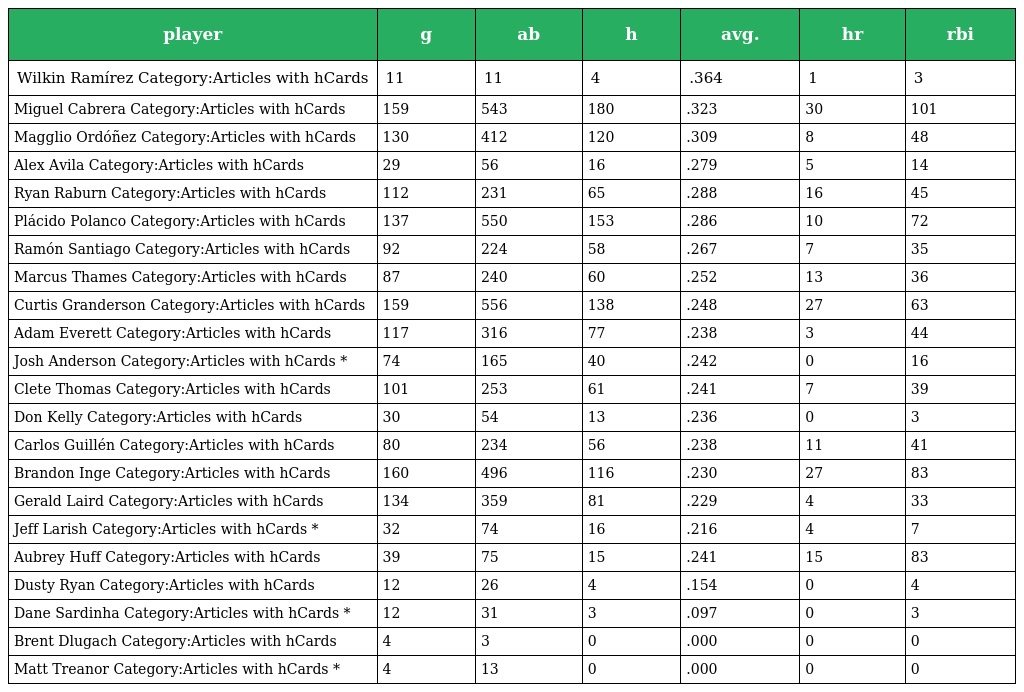
| player | g | ab | h | avg. | hr | rbi |
 | --- | --- | --- | --- | --- | --- | --- |
 | Wilkin Ramírez Category:Articles with hCards | 11 | 11 | 4 | .364 | 1 | 3 |
 | Miguel Cabrera Category:Articles with hCards | 159 | 543 | 180 | .323 | 30 | 101 |
 | Magglio Ordóñez Category:Articles with hCards | 130 | 412 | 120 | .309 | 8 | 48 |
 | Alex Avila Category:Articles with hCards | 29 | 56 | 16 | .279 | 5 | 14 |
 | Ryan Raburn Category:Articles with hCards | 112 | 231 | 65 | .288 | 16 | 45 |
 | Plácido Polanco Category:Articles with hCards | 137 | 550 | 153 | .286 | 10 | 72 |
 | Ramón Santiago Category:Articles with hCards | 92 | 224 | 58 | .267 | 7 | 35 |
 | Marcus Thames Category:Articles with hCards | 87 | 240 | 60 | .252 | 13 | 36 |
 | Curtis Granderson Category:Articles with hCards | 159 | 556 | 138 | .248 | 27 | 63 |
 | Adam Everett Category:Articles with hCards | 117 | 316 | 77 | .238 | 3 | 44 |
 | Josh Anderson Category:Articles with hCards * | 74 | 165 | 40 | .242 | 0 | 16 |
 | Clete Thomas Category:Articles with hCards | 101 | 253 | 61 | .241 | 7 | 39 |
 | Don Kelly Category:Articles with hCards | 30 | 54 | 13 | .236 | 0 | 3 |
 | Carlos Guillén Category:Articles with hCards | 80 | 234 | 56 | .238 | 11 | 41 |
 | Brandon Inge Category:Articles with hCards | 160 | 496 | 116 | .230 | 27 | 83 |
 | Gerald Laird Category:Articles with hCards | 134 | 359 | 81 | .229 | 4 | 33 |
 | Jeff Larish Category:Articles with hCards * | 32 | 74 | 16 | .216 | 4 | 7 |
 | Aubrey Huff Category:Articles with hCards | 39 | 75 | 15 | .241 | 15 | 83 |
 | Dusty Ryan Category:Articles with hCards | 12 | 26 | 4 | .154 | 0 | 4 |
 | Dane Sardinha Category:Articles with hCards * | 12 | 31 | 3 | .097 | 0 | 3 |
 | Brent Dlugach Category:Articles with hCards | 4 | 3 | 0 | .000 | 0 | 0 |
 | Matt Treanor Category:Articles with hCards * | 4 | 13 | 0 | .000 | 0 | 0 |